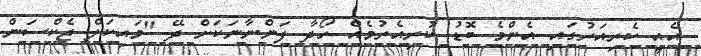
އެއީ ކެރިއަރުގައި އެންމެ ބޮޑު ކުރިއެރުމެއް ހޯދާ ފަންނާނަކަށް ދޭ "މައިކަލް ޖެކްސަން